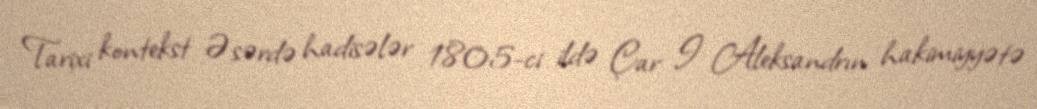
Tarixi kontekst Əsərdə hadisələr 1805-ci ildə Çar I Aleksandrın hakimiyyətə